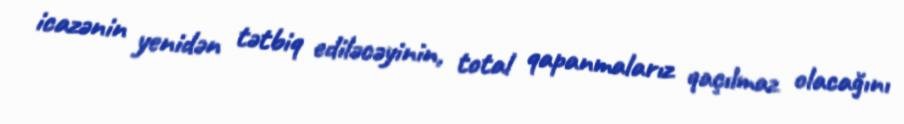
icazənin yenidən tətbiq ediləcəyinin, total qapanmalarız qaçılmaz olacağını